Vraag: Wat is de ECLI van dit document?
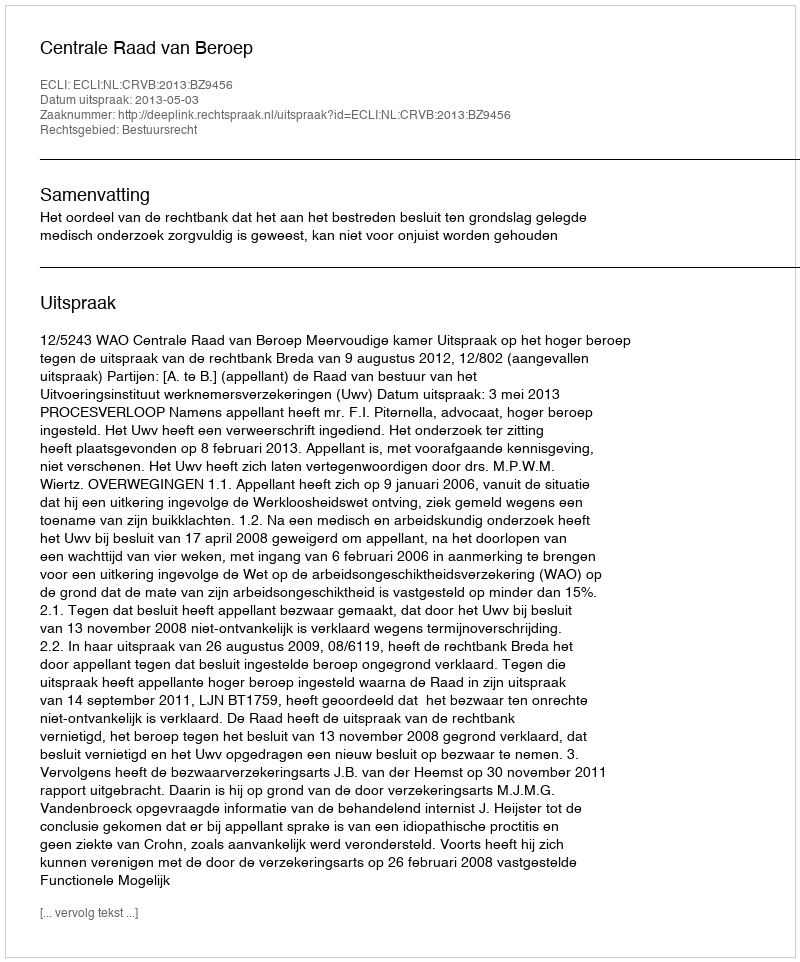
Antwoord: ECLI:NL:CRVB:2013:BZ9456